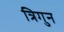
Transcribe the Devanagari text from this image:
त्रिगुन